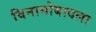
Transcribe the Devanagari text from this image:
विनामोबादला